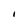
Character: I